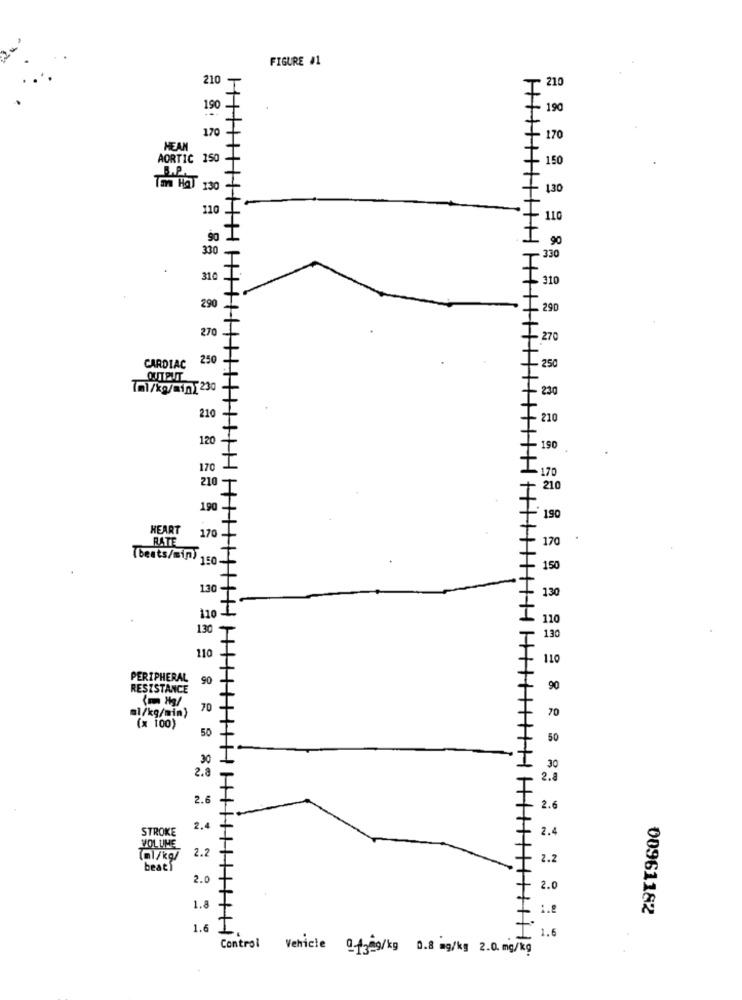
FIGURE #1
210
210
19
190
170
70
HEAN
AORTIC 150
150
130
110
90
330
. 330
310
310
290
290
270
270
250
250
CARDIAC
OUTPUT
Tml/kg/min[230
230
210
210
120
190
170
170
210
210
190
190
HEART
170
170
.
RATE
Theats/min) 1
150
130
130
110
110
130
H
130
110
110
PERIPHERAL
90
RESISTANCE
90
(m MI
70
al/kg/min)
70
(x 100)
50
50
30
2.8
30
2.8
2.6
2.6
STROKE
2.4
2.4
VOLUME
(nl/kg/
2.2
2.2
beats
2.0
2.0
1.8
00961182
1.6
1.6
Control Vehicle Of3mg/kg 0.8 mg/kg 2.0 mg/kg